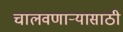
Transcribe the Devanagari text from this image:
चालवणाऱ्यासाठी